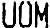
UOM